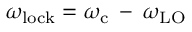
\omega _ { \mathrm { l o c k } } = \omega _ { \mathrm { c } } \: - \: \omega _ { \mathrm { L O } }